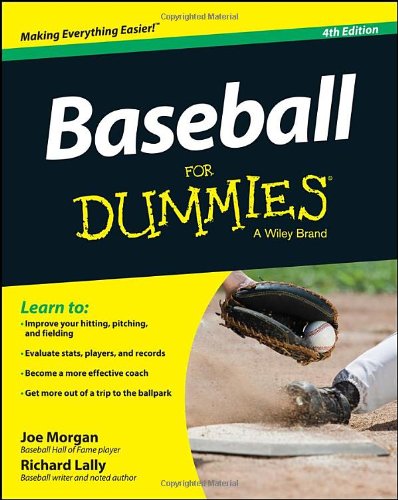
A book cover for Baseball For Dummies; Joe Morgan; Sports & Outdoors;